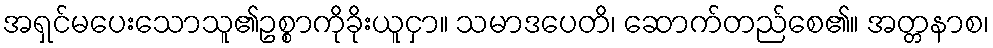
အရှင်မပေးသောသူ၏ဥစ္စာကိုခိုးယူငှာ။ သမာဒပေတိ၊ ဆောက်တည်စေ၏။ အတ္တနာစ၊